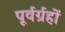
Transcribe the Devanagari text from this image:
पूर्वर्ग्रहों